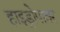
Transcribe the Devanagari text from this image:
हाइड्रोपावर